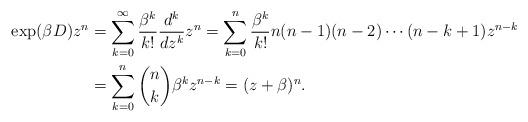
LaTeX: \begin{align*}\exp(\beta D)z^n & = \sum_{k=0}^{\infty} \frac{\beta^k}{k!} \frac{d^k}{dz^k} z^n= \sum_{k=0}^n \frac{\beta^k}{k!} n(n-1)(n-2)\cdots(n-k+1) z^{n-k} \\& = \sum_{k=0}^n \binom{n}{k} \beta^k z^{n-k} = (z+\beta)^n.\end{align*}